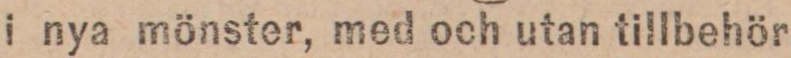
i nya mönster, med och utan tillbehör,